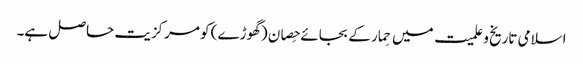
اسلامی تاریخ و علمیت میں حِمار کے بجائے حِصان (گھوڑے) کو مرکزیت حاصل ہے۔